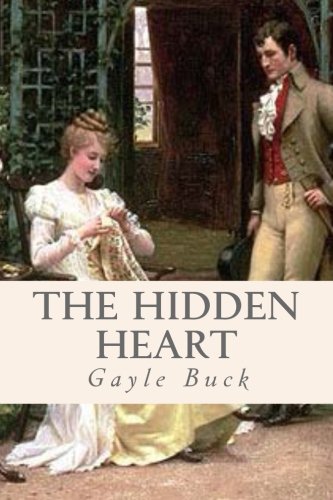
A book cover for The Hidden Heart: Unrequited love is only bearable when there's a chance at happiness.; Gayle Buck; Romance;